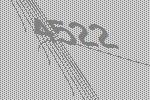
4522